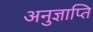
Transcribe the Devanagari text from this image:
अनुज्ञाप्ति